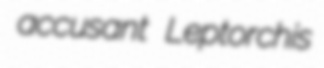
accusant Leptorchis